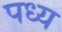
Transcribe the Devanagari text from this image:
पध्य